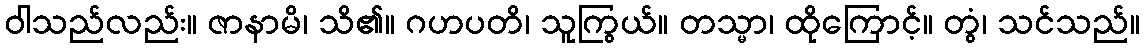
ဝါသည်လည်း။ ဇာနာမိ၊ သိ၏။ ဂဟပတိ၊ သူကြွယ်။ တသ္မာ၊ ထိုကြောင့်။ တွံ၊ သင်သည်။